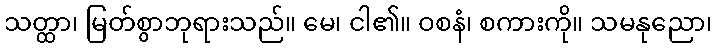
သတ္ထာ၊ မြတ်စွာဘုရားသည်။ မေ၊ ငါ၏။ ဝစနံ၊ စကားကို။ သမနုညော၊